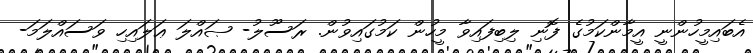
އެބައިމީހުންނީ އީމާންކަމުގެ ފޮނި ލިބިފައިވާ މީހުން ކަމުގައިވުން. ރަސޫލު- ޞައްލަ ޢަލައިހި ވަސައްލަމަ-